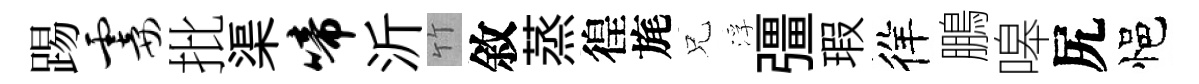
踢霎批渠啼沂竹敘蒸徨旄兄浮彊瑕徉鵬嗥尻悒